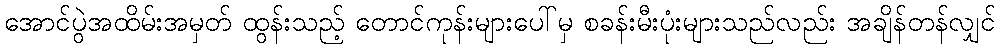
အောင်ပွဲအထိမ်းအမှတ် ထွန်းသည့် တောင်ကုန်းများပေါ်မှ စခန်းမီးပုံးများသည်လည်း အချိန်တန်လျှင်